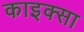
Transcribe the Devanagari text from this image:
काइक्सा